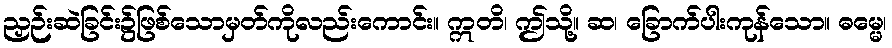
ညှဉ်းဆဲခြင်း၌ဖြစ်သောမှတ်ကိုလည်းကောင်း။ ဣတိ၊ ဤသို့။ ဆ၊ ခြောက်ပါးကုန်သော။ ဓမ္မေ၊